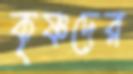
কৃষ্ণদের